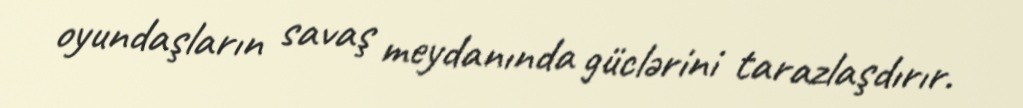
oyundaşların savaş meydanında güclərini tarazlaşdırır.